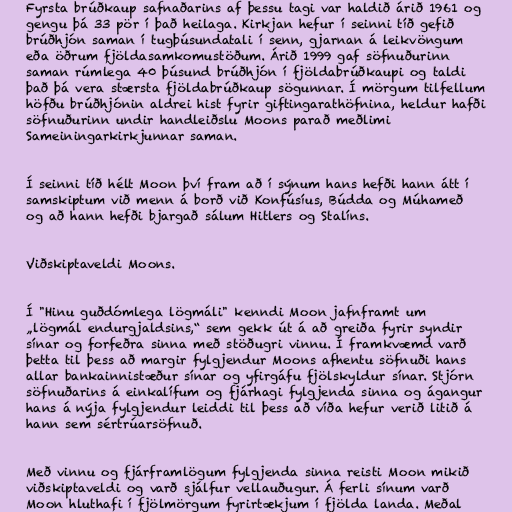
Fyrsta brúðkaup safnaðarins af þessu tagi var haldið árið 1961 og
gengu þá 33 pör í það heilaga. Kirkjan hefur í seinni tíð gefið
brúðhjón saman í tugþúsundatali í senn, gjarnan á leikvöngum
eða öðrum fjöldasamkomustöðum. Árið 1999 gaf söfnuðurinn
saman rúmlega 40 þúsund brúðhjón í fjöldabrúðkaupi og taldi
það þá vera stærsta fjöldabrúðkaup sögunnar. Í mörgum tilfellum
höfðu brúðhjónin aldrei hist fyrir giftingarathöfnina, heldur hafði
söfnuðurinn undir handleiðslu Moons parað meðlimi
Sameiningarkirkjunnar saman.

Í seinni tíð hélt Moon því fram að í sýnum hans hefði hann átt í
samskiptum við menn á borð við Konfúsíus, Búdda og Múhameð
og að hann hefði bjargað sálum Hitlers og Stalíns.

Viðskiptaveldi Moons.

Í "Hinu guðdómlega lögmáli" kenndi Moon jafnframt um
„lögmál endurgjaldsins,“ sem gekk út á að greiða fyrir syndir
sínar og forfeðra sinna með stöðugri vinnu. Í framkvæmd varð
þetta til þess að margir fylgjendur Moons afhentu söfnuði hans
allar bankainnistæður sínar og yfirgáfu fjölskyldur sínar. Stjórn
söfnuðarins á einkalífum og fjárhagi fylgjenda sinna og ágangur
hans á nýja fylgjendur leiddi til þess að víða hefur verið litið á
hann sem sértrúarsöfnuð.

Með vinnu og fjárframlögum fylgjenda sinna reisti Moon mikið
viðskiptaveldi og varð sjálfur vellauðugur. Á ferli sínum varð
Moon hluthafi í fjölmörgum fyrirtækjum í fjölda landa. Meðal